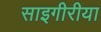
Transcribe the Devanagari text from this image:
साइगीरीया